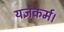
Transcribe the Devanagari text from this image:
यज्ञकर्म।